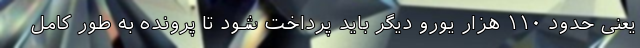
یعنی حدود ١١٠ هزار یورو دیگر باید پرداخت شود تا پرونده به طور کامل